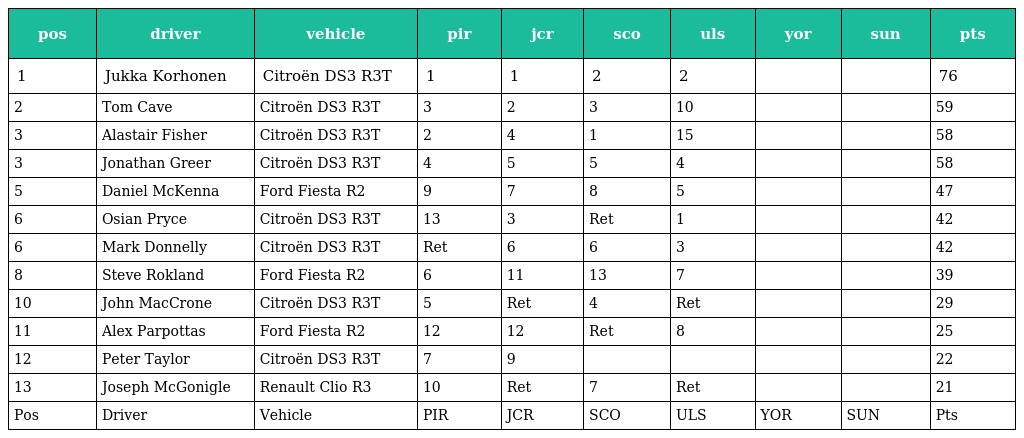
| pos | driver | vehicle | pir | jcr | sco | uls | yor | sun | pts |
 | --- | --- | --- | --- | --- | --- | --- | --- | --- | --- |
 | 1 | Jukka Korhonen | Citroën DS3 R3T | 1 | 1 | 2 | 2 |  |  | 76 |
 | 2 | Tom Cave | Citroën DS3 R3T | 3 | 2 | 3 | 10 |  |  | 59 |
 | 3 | Alastair Fisher | Citroën DS3 R3T | 2 | 4 | 1 | 15 |  |  | 58 |
 | 3 | Jonathan Greer | Citroën DS3 R3T | 4 | 5 | 5 | 4 |  |  | 58 |
 | 5 | Daniel McKenna | Ford Fiesta R2 | 9 | 7 | 8 | 5 |  |  | 47 |
 | 6 | Osian Pryce | Citroën DS3 R3T | 13 | 3 | Ret | 1 |  |  | 42 |
 | 6 | Mark Donnelly | Citroën DS3 R3T | Ret | 6 | 6 | 3 |  |  | 42 |
 | 8 | Steve Rokland | Ford Fiesta R2 | 6 | 11 | 13 | 7 |  |  | 39 |
 | 10 | John MacCrone | Citroën DS3 R3T | 5 | Ret | 4 | Ret |  |  | 29 |
 | 11 | Alex Parpottas | Ford Fiesta R2 | 12 | 12 | Ret | 8 |  |  | 25 |
 | 12 | Peter Taylor | Citroën DS3 R3T | 7 | 9 |  |  |  |  | 22 |
 | 13 | Joseph McGonigle | Renault Clio R3 | 10 | Ret | 7 | Ret |  |  | 21 |
 | Pos | Driver | Vehicle | PIR | JCR | SCO | ULS | YOR | SUN | Pts |